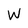
Character: W